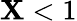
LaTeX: \mathbf{X}<1